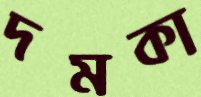
দমকা